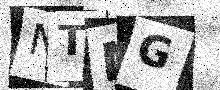
Text: NTNG